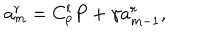
a _ { m } ^ { r } = C _ { p } ^ { l } P + \gamma a _ { m - 1 } ^ { r } ,